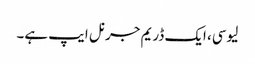
لیوسی، ایک ڈریم جرنل ایپ ہے۔